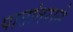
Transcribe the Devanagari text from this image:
पाठांतराने